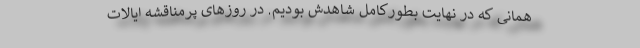
همانی که در نهایت بطورکامل شاهدش بودیم. در روزهای پرمناقشه ایالات